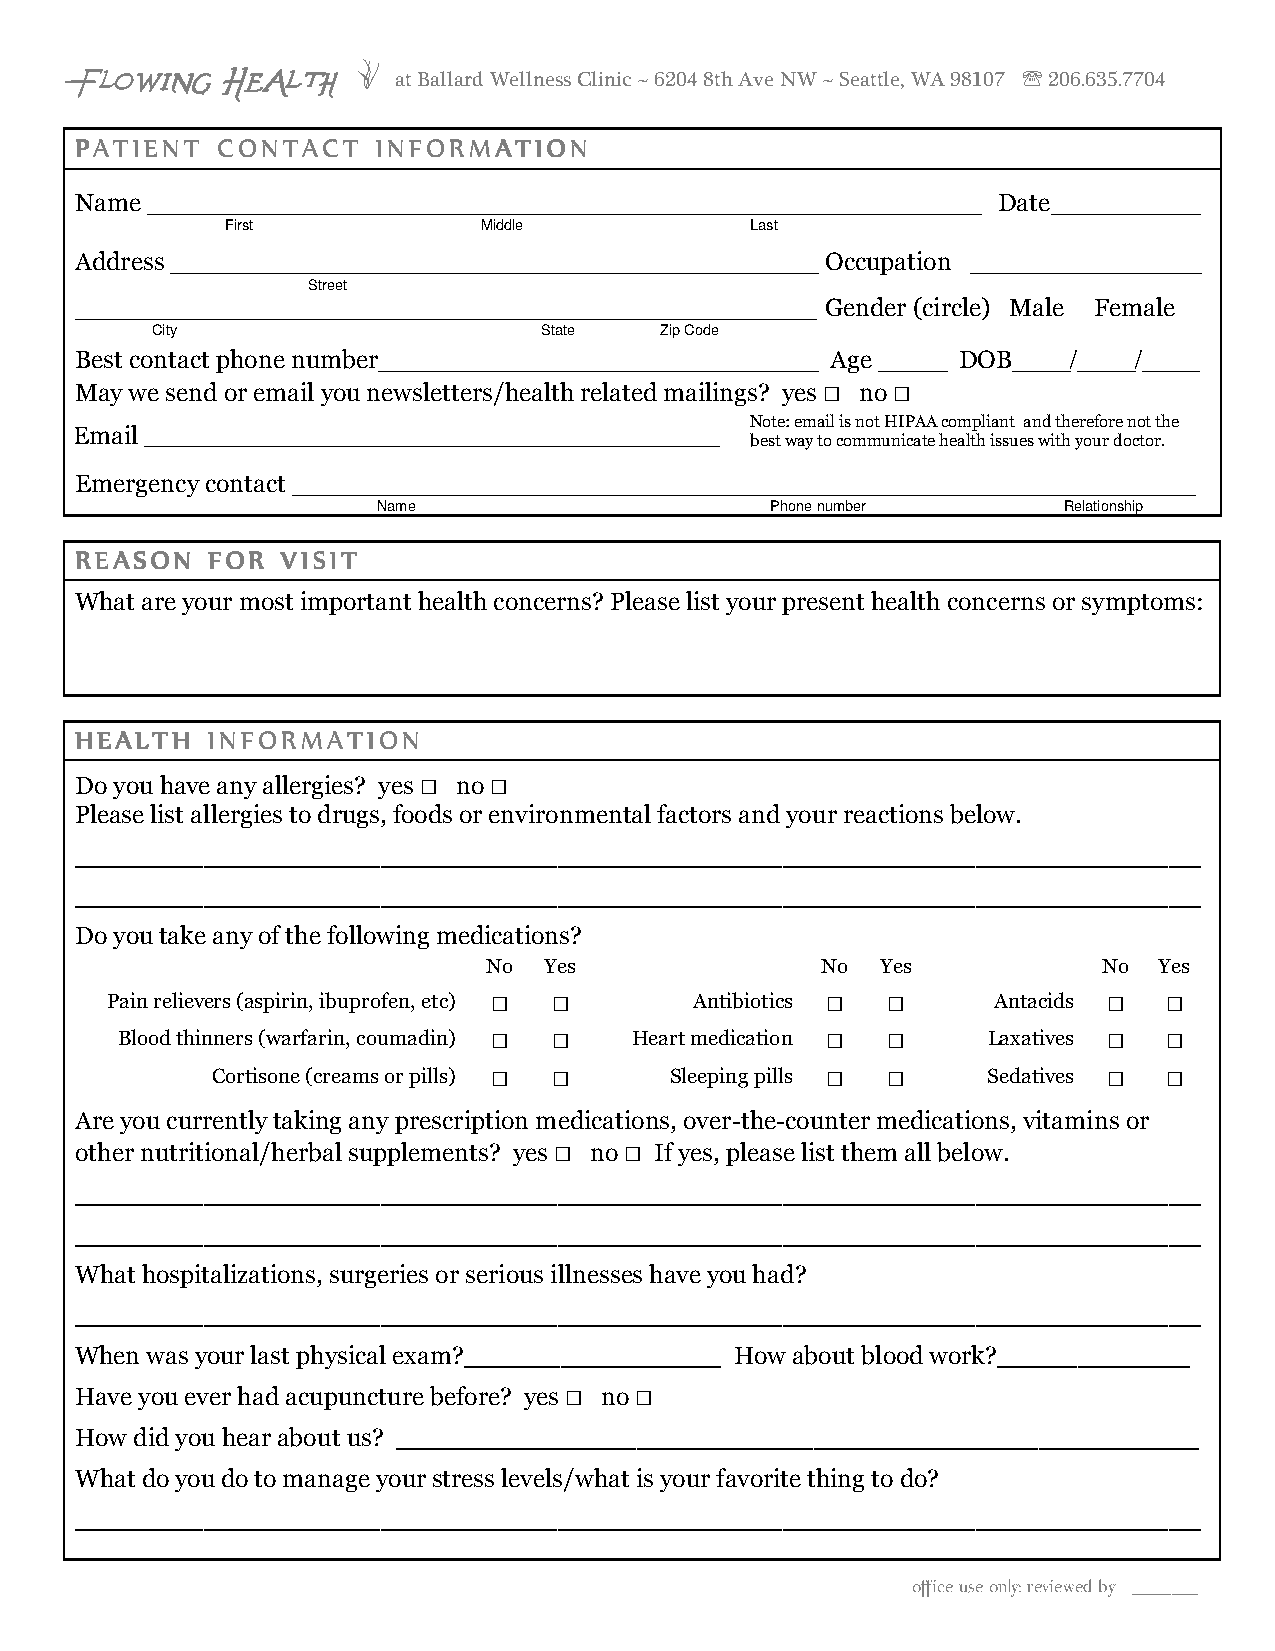
FFFFlllloooowwwwiiiinnnngggg HHHHeeeeaaaalllltttthhhh I        ℡
 at Ballard Wellness Clinic ~ 6204 8th Ave NW ~ Seattle, WA 98107 206.635.7704
 PPPPAAAATTTTIIIIEEEENNNNTTTT CCCCOOOONNNNTTTTAAAACCCCTTTT IIIINNNNFFFFOOOORRRRMMMMAAAATTTTIIIIOOOONNNN
 Name ________________________________________________________________________ Date_____________
 First            Middle            Last
 Address ________________________________________________________ Occupation ____________________
 Street
 ________________________________________________________________ Gender (circle) Male Female
 City                      State   Zip Code
 Best contact phone number______________________________________ Age ______ DOB_____/_____/_____
 May we send or email you newsletters/health related mailings? yes □ no □
 Note: email is not HIPAA compliant and therefore not the
 Email
 ______________________________________________________________ best way to communicate health issues with your doctor.
 Emergency contact ______________________________________________________________________________
 Name                      Phone number       Relationship
 RRRREEEEAAAASSSSOOOONNNN FFFFOOOORRRR VVVVIIIISSSSIIIITTTT
 What are your most important health concerns? Please list your present health concerns or symptoms:
 HHHHEEEEAAAALLLLTTTTHHHH IIIINNNNFFFFOOOORRRRMMMMAAAATTTTIIIIOOOONNNN
 Do you have any allergies? yes □ no □
 Please list allergies to drugs, foods or environmental factors and your reactions below.
 ______________________________________________________________________
 ______________________________________________________________________
 Do you take any of the following medications?
 No  Yes               No  Yes            No  Yes
 Pain relievers (aspirin, ibuprofen, etc) □ □ Antibiotics □ □ Antacids □ □
 Blood thinners (warfarin, coumadin) □ □ Heart medication □ □ Laxatives □ □
 Cortisone (creams or pills) □ □ Sleeping pills □ □ Sedatives □ □
 Are you currently taking any prescription medications, over-the-counter medications, vitamins or
 other nutritional/herbal supplements? yes □ no □ If yes, please list them all below.
 ______________________________________________________________________
 ______________________________________________________________________
 What hospitalizations, surgeries or serious illnesses have you had?
 ______________________________________________________________________
 When was your last physical exam?________________ How about blood work?____________
 Have you ever had acupuncture before? yes □ no □
 How did you hear about us? __________________________________________________
 What do you do to manage your stress levels/what is your favorite thing to do?
 ______________________________________________________________________
 office use only: reviewed by_____________